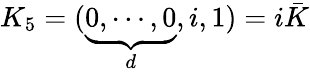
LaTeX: K_{5}=(\underbrace{0,\cdots,0}_{d},i,1)=i\bar{K}